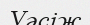
Уәсіж